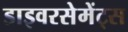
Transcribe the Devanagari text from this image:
डाइवरसेमेंट्स